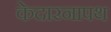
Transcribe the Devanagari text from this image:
केदारनापथ